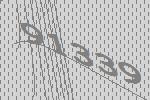
91339